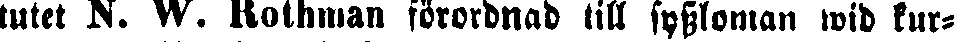
tutet N. W. Rothman förordnad till syssloman wid kur-